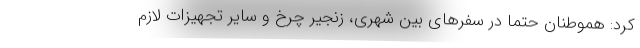
کرد: هموطنان حتما در سفرهای بین شهری، زنجیر چرخ و سایر تجهیزات لازم